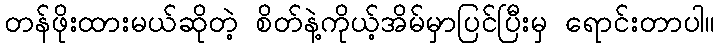
တန်ဖိုးထားမယ်ဆိုတဲ့ စိတ်နဲ့ကိုယ့်အိမ်မှာပြင်ပြီးမှ ရောင်းတာပါ။